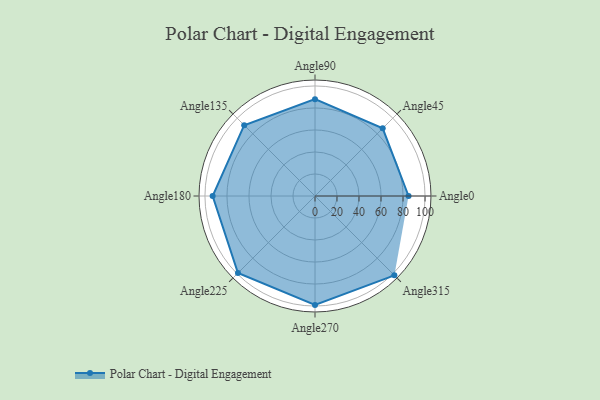
{"axis": {"x": "Angle", "y": "Radius"}, "legend": [""], "data": [{"x": "Angle0", "y": 85.0, "type": ""}, {"x": "Angle45", "y": 87.0, "type": ""}, {"x": "Angle90", "y": 88.0, "type": ""}, {"x": "Angle135", "y": 91.0, "type": ""}, {"x": "Angle180", "y": 93.0, "type": ""}, {"x": "Angle225", "y": 99.0, "type": ""}, {"x": "Angle270", "y": 99.0, "type": ""}, {"x": "Angle315", "y": 102.0, "type": ""}]}